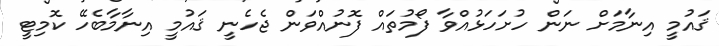
ޤައުމީ އިނާމަށް ނަން ހުށަހަޅުއްވާ ފޯމުތައް ފޮނުއްވަން ޖެހެނީ ޤައުމީ އިނާމާބެހޭ ކޮމިޓީ